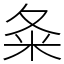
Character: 夈